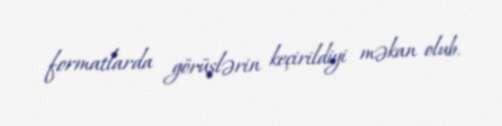
formatlarda görüşlərin keçirildiyi məkan olub.